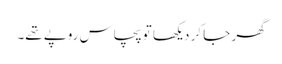
گھر جا کر دیکھا تو پچاس روپے تھے۔